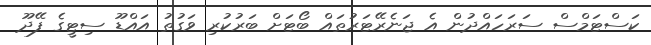
ކަސްޓަމްސް ސަރަހައްދުން އެ ޖަނެރޭޓަރުތައް ބޯޓަށް ބަރުކުރި ވަގުތު އައްޑޫ ސިޓީގެ ފޭދޫ